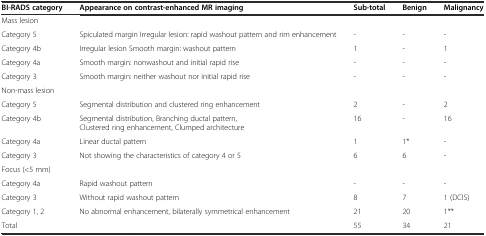
<table><thead><tr><td><b>BI-RADS category</b></td><td><b>Appearance on contrast-enhanced MR imaging</b></td><td><b>Sub-total</b></td><td><b>Benign</b></td><td><b>Malignancy</b></td></tr></thead><tbody><tr><td>Mass lesion</td><td></td><td></td><td></td><td></td></tr><tr><td>Category 5</td><td>Spiculated margin Irregular lesion: rapid washout pattern and rim enhancement</td><td>-</td><td>-</td><td>-</td></tr><tr><td>Category 4b</td><td>Irregular lesion Smooth margin: washout pattern</td><td>1</td><td>-</td><td>1</td></tr><tr><td>Category 4a</td><td>Smooth margin: nonwashout and initial rapid rise</td><td>-</td><td>-</td><td>-</td></tr><tr><td>Category 3</td><td>Smooth margin: neither washout nor initial rapid rise</td><td>-</td><td>-</td><td>-</td></tr><tr><td>Non-mass lesion</td><td></td><td></td><td></td><td></td></tr><tr><td>Category 5</td><td>Segmental distribution and clustered ring enhancement</td><td>2</td><td>-</td><td>2</td></tr><tr><td>Category 4b</td><td>Segmental distribution, Branching ductal pattern, Clustered ring enhancement, Clumped architecture</td><td>16</td><td>-</td><td>16</td></tr><tr><td>Category 4a</td><td>Linear ductal pattern</td><td>1</td><td>1*</td><td>-</td></tr><tr><td>Category 3</td><td>Not showing the characteristics of category 4 or 5</td><td>6</td><td>6</td><td>-</td></tr><tr><td>Focus (&lt;5 mm)</td><td></td><td></td><td></td><td></td></tr><tr><td>Category 4a</td><td>Rapid washout pattern</td><td>-</td><td>-</td><td>-</td></tr><tr><td>Category 3</td><td>Without rapid washout pattern</td><td>8</td><td>7</td><td>1 (DCIS)</td></tr><tr><td>Category 1, 2</td><td>No abnormal enhancement, bilaterally symmetrical enhancement</td><td>21</td><td>20</td><td>1**</td></tr><tr><td colspan="2">Total</td><td>55</td><td>34</td><td>21</td></tr></tbody></table>